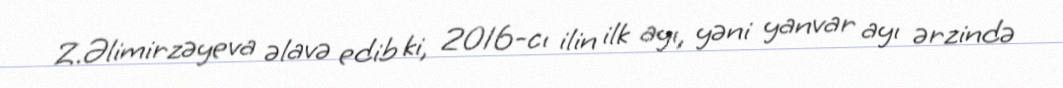
Z.Əlimirzəyeva əlavə edib ki, 2016-cı ilin ilk ayı, yəni yanvar ayı ərzində